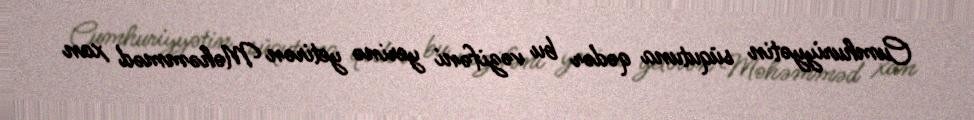
Cumhuriyyətin süqutuna qədər bu vəzifəni yerinə yetirən Məhəmməd xan